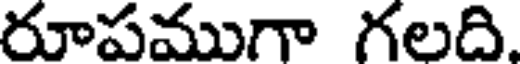
రూపముగా గలది.